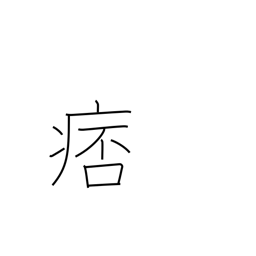
Meaning: costiveness in chest or intestines